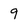
Character: 9